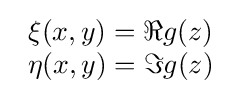
{\begin{array}{c}\xi (x,y)=\Re g(z)\\\eta (x,y)=\Im g(z)\\\end{array}}